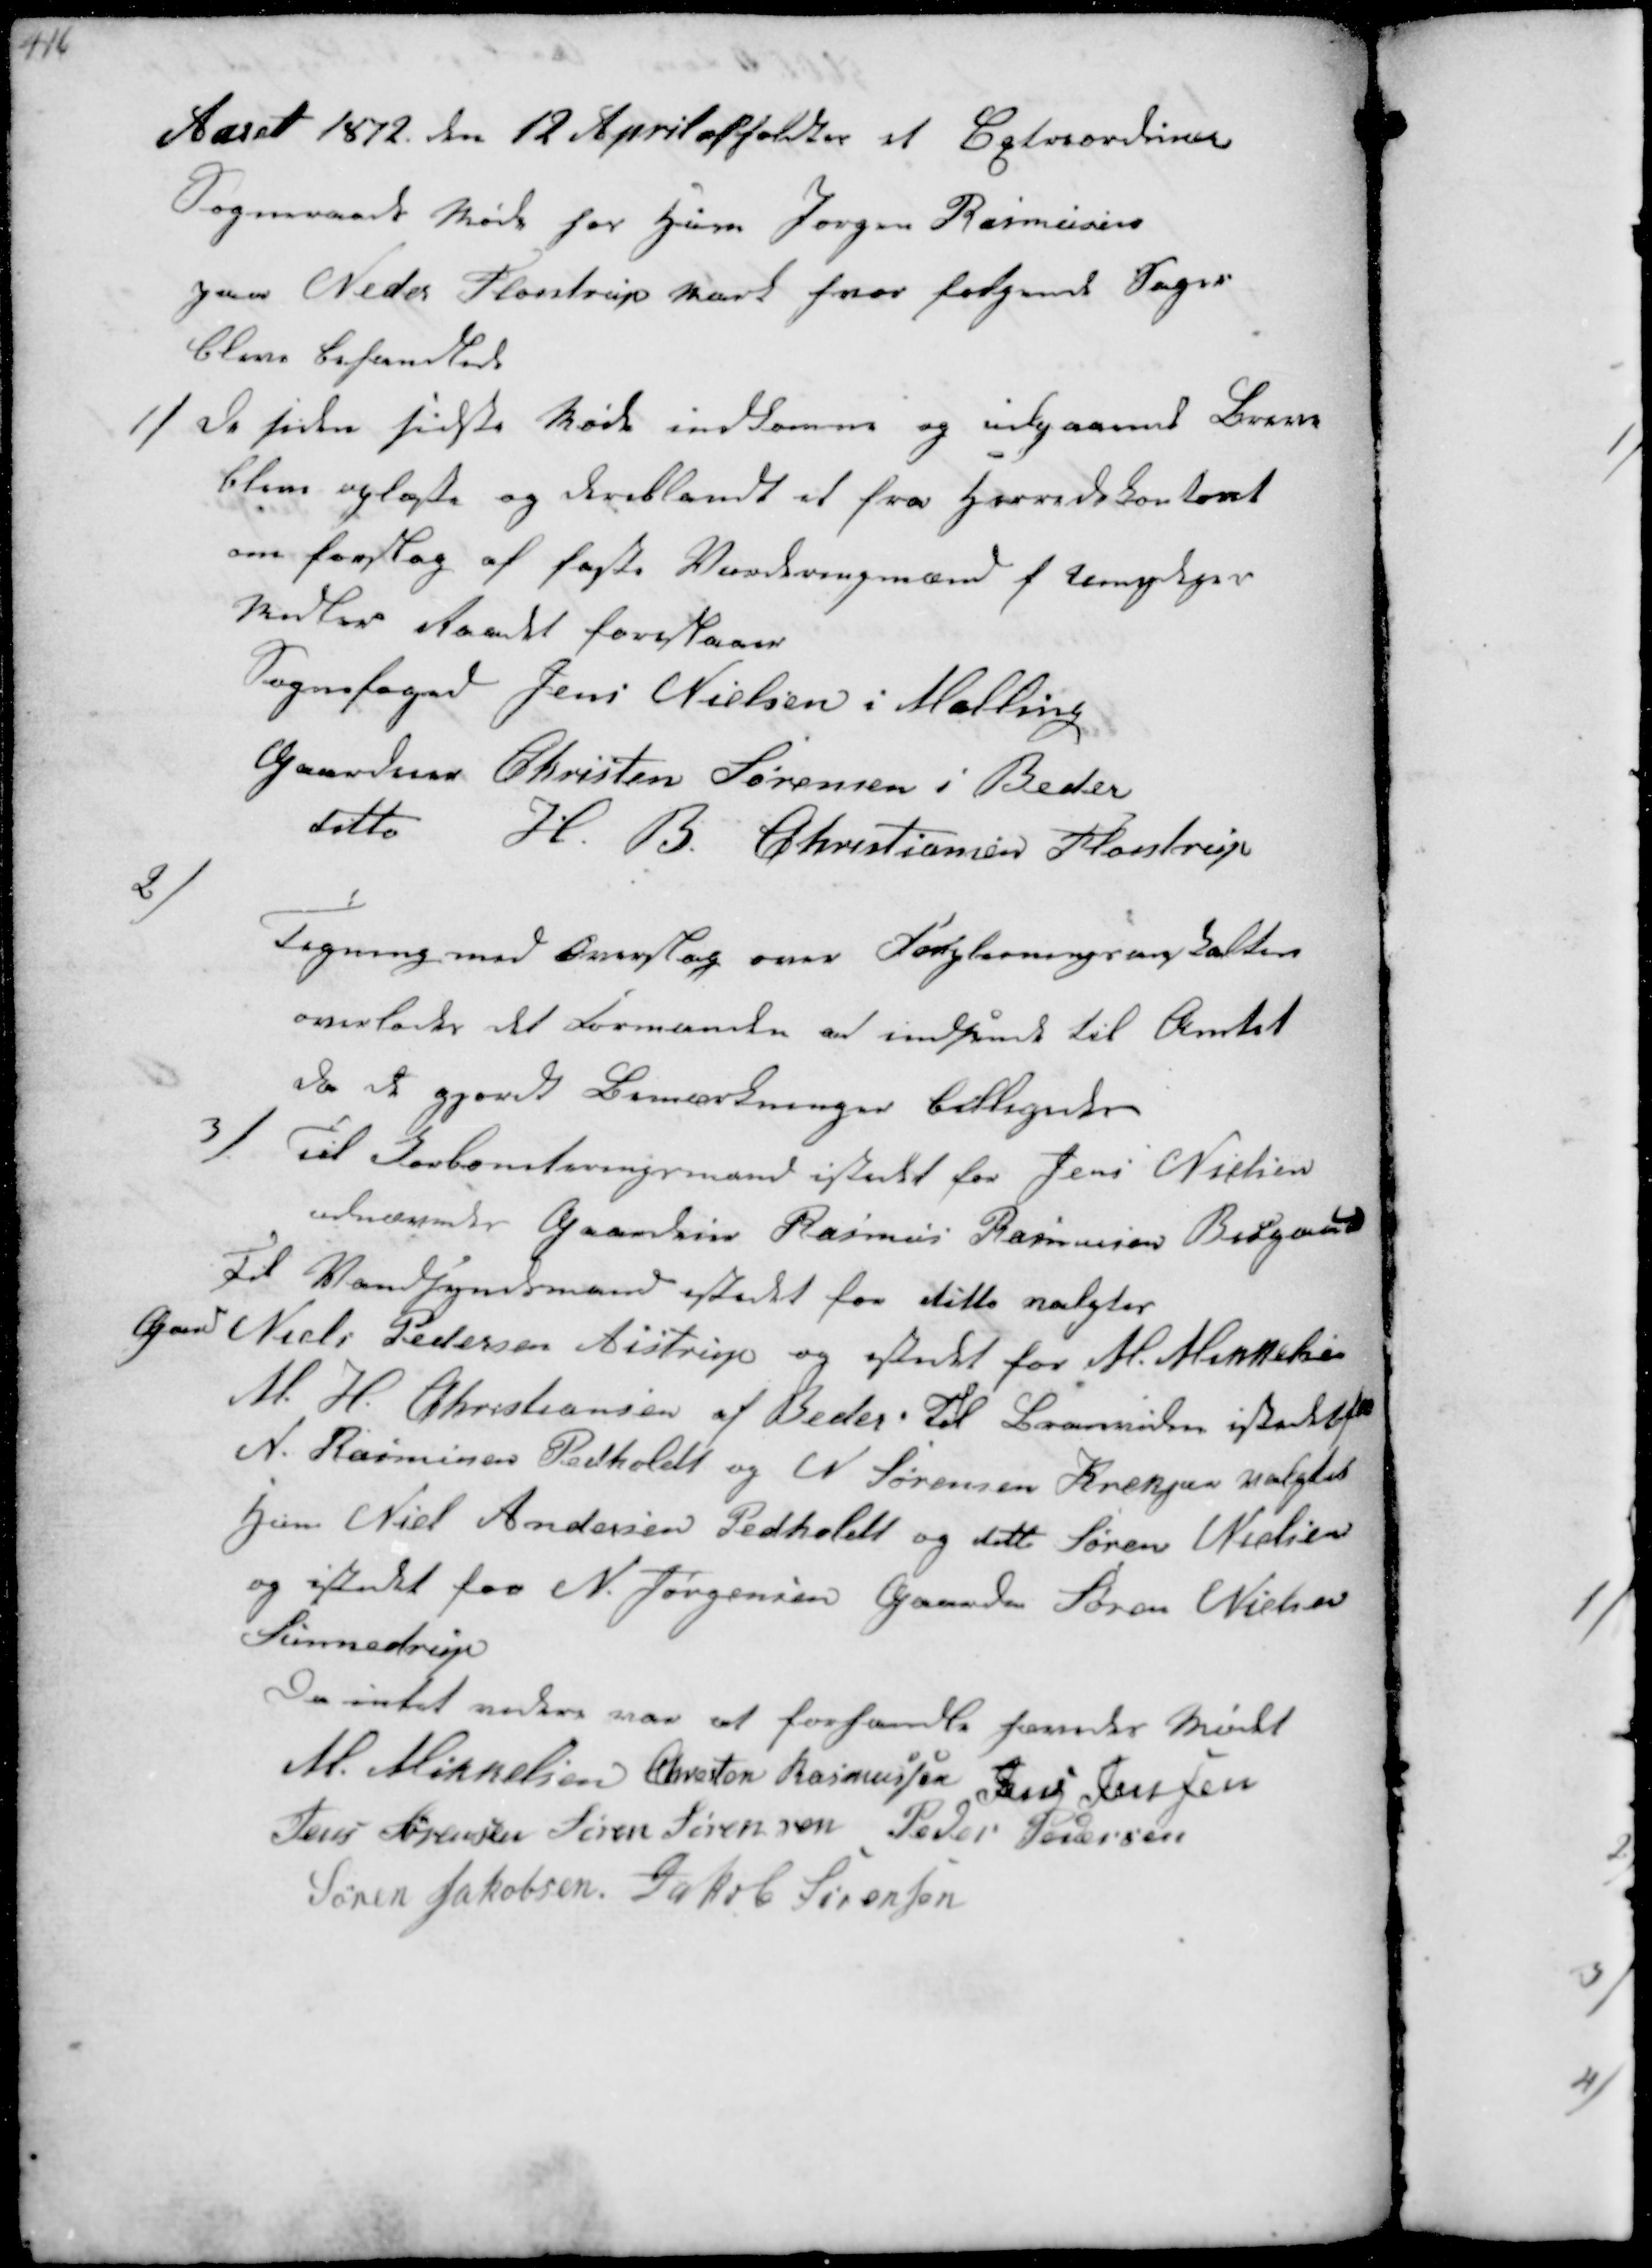
Transskription:
Aaret 1872 den 12 April afholdtes et Extraordinær
Sogneraads Møde hos Husm Jørgen Rasmussen
paa Neder Fløistrup Mark hvor følgende Sager 
bleve behandlede.

1/
De siden sidste Møde indkomne og udgaaende Breve
bleve oplæste og deriblandt et fra Herredskontoret
om forslag af faste Vurderingmænd f  
 Raadet foreslaaer
Sognefoged Jens Nielsen i Malling
Gaardeier Christen Sørensen i Beder
ditto H. B. Christiansen Fløistrup

2/
Tegning med Overslag over Forpleiningsanstalten
overlades det Formanden at indsende til Amtet
da de gjordt Bemærkninger billigedes

3/
Til Jorboniteringsmand istedet for Jens Nielsen
udnævntes Gaardeier Rasmus Rasmussen Bisgaard
Til Vandsyndsmand istedet for ditto valgtes
Gmd Niels Pedersen Aistrup og istedet for M. Mikkehsen
M. H. Christiansen af Beder Til Brandvidne istedet
N. Rasmussen Pedholdt og N Sørensen Krekjær valgtes
Gmd Niels Andersen Pedholdt og ditto Søren Nielsen
og istedet for N. Jørgensen Gaardm Søren Nielsen
Sinnedrup
Da intet videre var at forhandle hævedes Mødet
M. Mikkelsen Chresten Rasmussen Jens Jensen
Jens Sørensen Søren Sørensen Peder Pedersen
Søren Jakobsen Jakob Sørensen